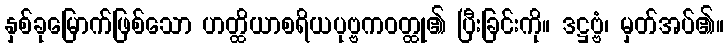
နှစ်ခုမြောက်ဖြစ်သော ဟတ္ထိယာစရိယပုဗ္ဗကဝတ္ထု၏ ပြီးခြင်းကို။ ဒဋ္ဌဗ္ဗံ၊ မှတ်အပ်၏။